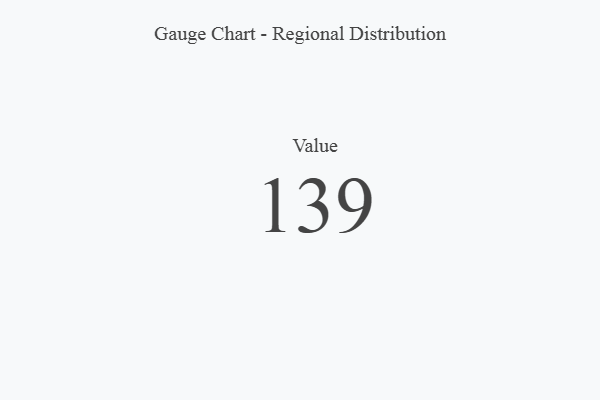
{"axis": {"x": "Metric", "y": "Value"}, "legend": [""], "data": [{"x": "Value", "y": 139, "type": ""}]}